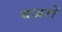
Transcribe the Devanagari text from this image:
वजरों